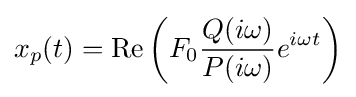
x_{p}(t)=\operatorname {Re} \left(F_{0}{\frac {Q(i\omega )}{P(i\omega )}}e^{i\omega t}\right)